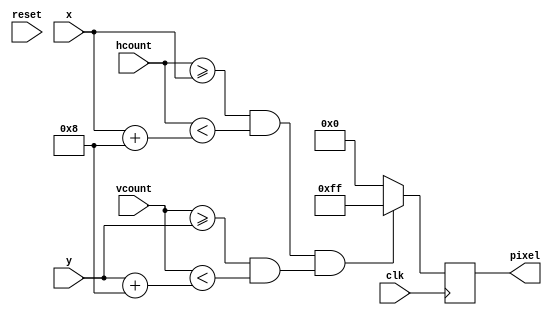
///////////////////////////////////////////////////////////////////////////////
//
// blob display module 
//
///////////////////////////////////////////////////////////////////////////////

module centroid_disp #(parameter HEIGHT=8, WIDTH=8, COLOR=8'hFF)  (reset, clk, hcount, vcount, x, y, pixel);
   input reset, clk;
   input [10:0] hcount, x;
   input [9:0] vcount, y;
   output reg [7:0] pixel; 
   
   always @ (posedge clk) begin
      if ((hcount >= x && hcount < (x+WIDTH)) &&(vcount >= y && vcount < (y+HEIGHT))) pixel = COLOR;
      else pixel = 0;
   end
   
endmodule